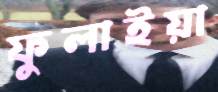
ফুলাইয়া